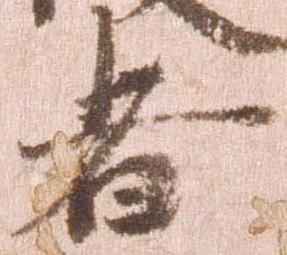
者